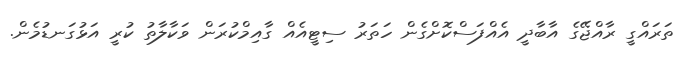
ތަރައްގީ ރާއްޖޭގެ އާބާދީ އެއްފަސްކޮށްގެން ހަތަރު ސިޓީއެއް ގާއިމްކުރަން ވަކާލާތު ކުރީ އަޅުގަނޑުމެން.